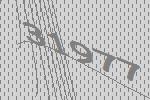
31977